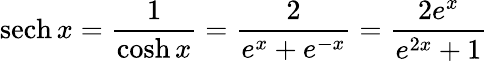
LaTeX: \operatorname{sech}x={\frac{1}{\cosh x}}={\frac{2}{e^{x}+e^{-x}}}={\frac{2e^{x}}{e^{2x}+1}}